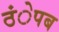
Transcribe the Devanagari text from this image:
ठंेपब